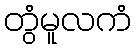
တွံမူလကံ